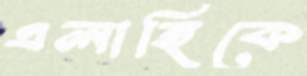
এলাহিকে